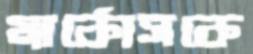
মার্কোসকে